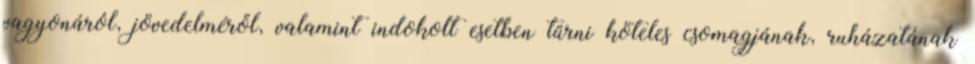
vagyonáról, jövedelméről, valamint indokolt esetben tűrni köteles csomagjának, ruházatának